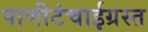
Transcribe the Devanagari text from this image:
पाणीटंचाईग्रस्त